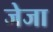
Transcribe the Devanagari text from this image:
जेजा